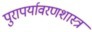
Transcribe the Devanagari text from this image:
पुरापर्यावरणशास्त्र